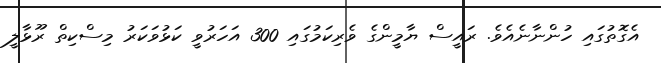
އެގޮތުގައި ހުންނާނެއެވެ. ރައީސް ޔާމީންގެ ވެރިކަމުގައި 300 އަހަރުވީ ކަޅުވަކަރު މިސްކިތް ރޫޅާލީ